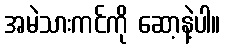
အမဲသားကင်ကို ဆော့နဲ့ပါ။